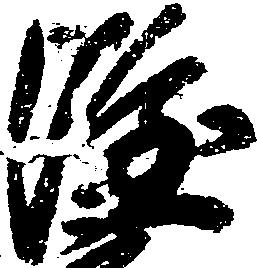
隆